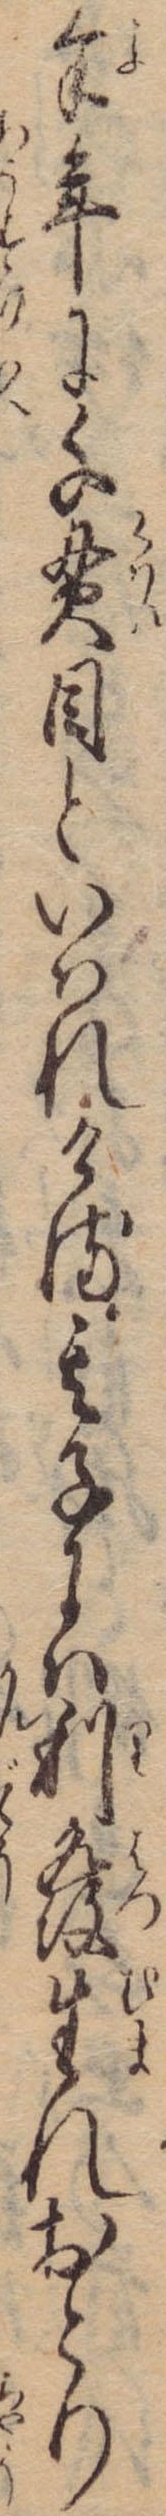
余年に千貫目といはれける其子には利発生れおとり